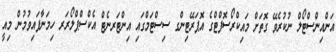
އަންއިންސްޓޯލް ނުކުރެވޭ ގޮތަށް މައިކްރޯސޮފްޓްގެ އޮޕަރޭޓިންގ ސިސްޓަމްގައި އިންޓަރނެޓް އެކްސްޕްލޯރަރ ހިމަނާފައިވުމުން މިއީ